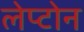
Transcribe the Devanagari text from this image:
लेप्टोन